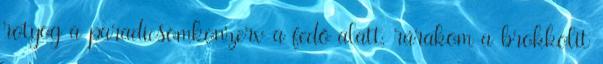
rotyog a paradicsomkonzerv a fedő alatt, rárakom a brokkolit